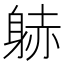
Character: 𲄠